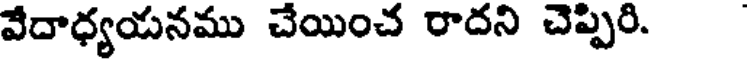
వేదాధ్యయనము చేయించ రాదని చెప్పిరి.